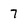
Character: 7